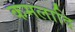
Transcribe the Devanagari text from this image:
कमलादि